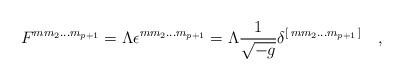
LaTeX: \begin{align*}F^{m m_2\dots m_{p+1}}= \Lambda \epsilon^{m m_2\dots m_{p+1}}=\Lambda {1\over \sqrt{- g} }\delta^{[\, m m_2\dots m_{p+1}\,]}\quad ,\end{align*}